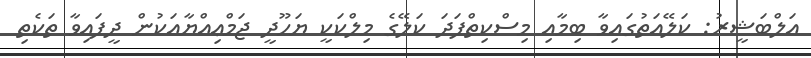
އަލްބަޝީރު: ކަލޭއަތުގައިވާ ބިމާއި މިސްކިތްފަދަ ކަލޭގެ މިލްކަކީ ޔަހޫދީ ޖަމްޢިއްޔާއަކުން ދީފައިވާ ތަކެތި